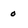
Character: o